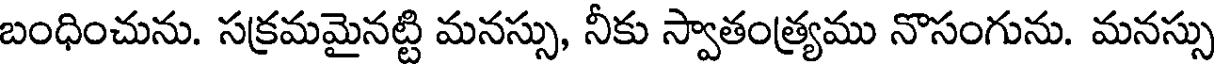
బంధించును. సక్రమమైనట్టి మనస్సు, నీకు స్వాతంత్ర్యము నొసంగును. మనస్సు